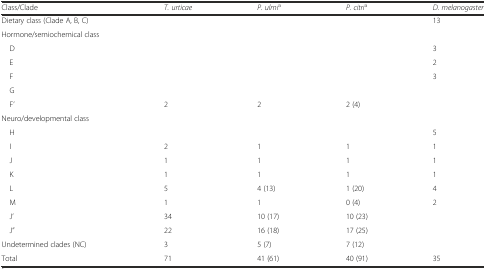
| Class/Clade | T. urticae | P. ulmia | P. citria | D. melanogaster |
 | --- | --- | --- | --- | --- |
 | Dietary class (Clade A, B, C) |  |  |  | 13 |
 | Hormone/semiochemical class |  |  |  |  |
 | D |  |  |  | 3 |
 | E |  |  |  | 2 |
 | F |  |  |  | 3 |
 | G |  |  |  |  |
 | F’ | 2 | 2 | 2 (4) |  |
 | Neuro/developmental class |  |  |  |  |
 | H |  |  |  | 5 |
 | I | 2 | 1 | 1 | 1 |
 | J | 1 | 1 | 1 | 1 |
 | K | 1 | 1 | 1 | 1 |
 | L | 5 | 4 (13) | 1 (20) | 4 |
 | M | 1 | 1 | 0 (4) | 2 |
 | J’ | 34 | 10 (17) | 10 (23) |  |
 | J” | 22 | 16 (18) | 17 (25) |  |
 | Undetermined clades (NC) | 3 | 5 (7) | 7 (12) |  |
 | Total | 71 | 41 (61) | 40 (91) | 35 |